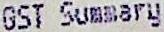
GST SUMMARY